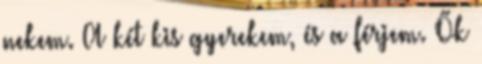
nekem. A két kis gyerekem, és a férjem. Ők